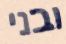
ובני